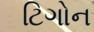
ટિગોન